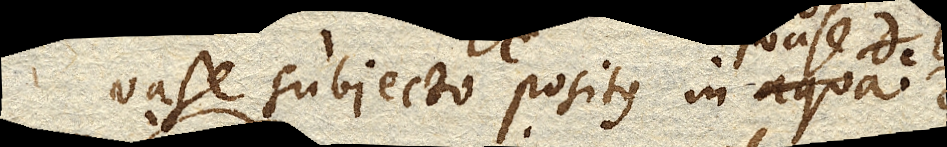
vase subjecto positus in aqua